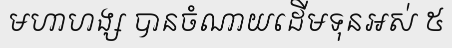
មហាហង្ស បានចំណាយដើមទុនអស់ ៥